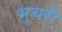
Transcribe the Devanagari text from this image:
भूचरी